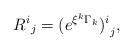
LaTeX: \begin{align*}{R^i}_j = {(e^{\xi^k\Gamma_k})^i}_j,\end{align*}